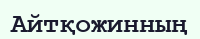
Айтқожинның